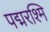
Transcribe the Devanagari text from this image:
पद्मरश्मि